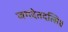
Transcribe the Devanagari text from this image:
जगदेतदत्सि॥